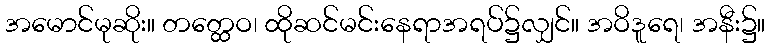
အမောင်မုဆိုး။ တတ္ထေဝ၊ ထိုဆင်မင်းနေရာအရပ်၌လျှင်။ အဝိဒူရေ၊ အနီး၌။